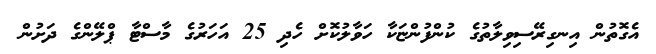
އެގޮތުން އިނގިރޭސިވިލާތުގެ ކުންފުންޏަކާ ހަވާލުކޮށް ހެދި 25 އަހަރުގެ މާސްޓާ ޕްލޭންގެ ދަށުން